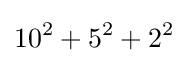
10^{2}+5^{2}+2^{2}